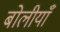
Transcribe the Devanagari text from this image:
बोलीयाँ